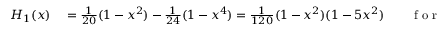
\begin{array} { r l r l } { H _ { 1 } ( x ) } & { { } = \frac 1 { 2 0 } ( 1 - x ^ { 2 } ) - \frac 1 { 2 4 } ( 1 - x ^ { 4 } ) = \frac { 1 } { 1 2 0 } ( 1 - x ^ { 2 } ) ( 1 - 5 x ^ { 2 } ) } & { } & { { } \mathrm { ~ f ~ o ~ r ~ } \quad x \in [ - 1 , 1 ] . } \end{array}